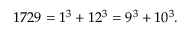
1 7 2 9 = 1 ^ { 3 } + 1 2 ^ { 3 } = 9 ^ { 3 } + 1 0 ^ { 3 } .